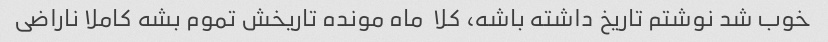
خوب شد نوشتم تاریخ داشته باشه، کلا  ماه مونده تاریخش تموم بشه کاملا ناراضی